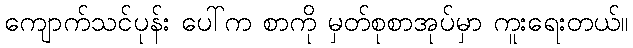
ကျောက်သင်ပုန်း ပေါ်က စာကို မှတ်စုစာအုပ်မှာ ကူးရေးတယ်။